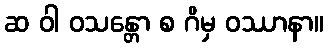
ဆ ဝါ ဝသန္တော စ ဂိမှ ဝဿာနာ။